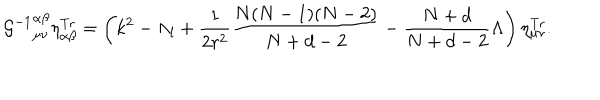
{ { \cal G } ^ { - 1 } } _ { \mu \nu } ^ { \alpha \beta } \eta _ { \alpha \beta } ^ { \mathrm { T r } } = \left( k ^ { 2 } - \Lambda _ { l } + \frac { 1 } { 2 r ^ { 2 } } \frac { N ( N - 1 ) ( N - 2 ) } { N + d - 2 } - \frac { N + d } { N + d - 2 } \Lambda \right) \eta _ { \mu \nu } ^ { \mathrm { T r } } .